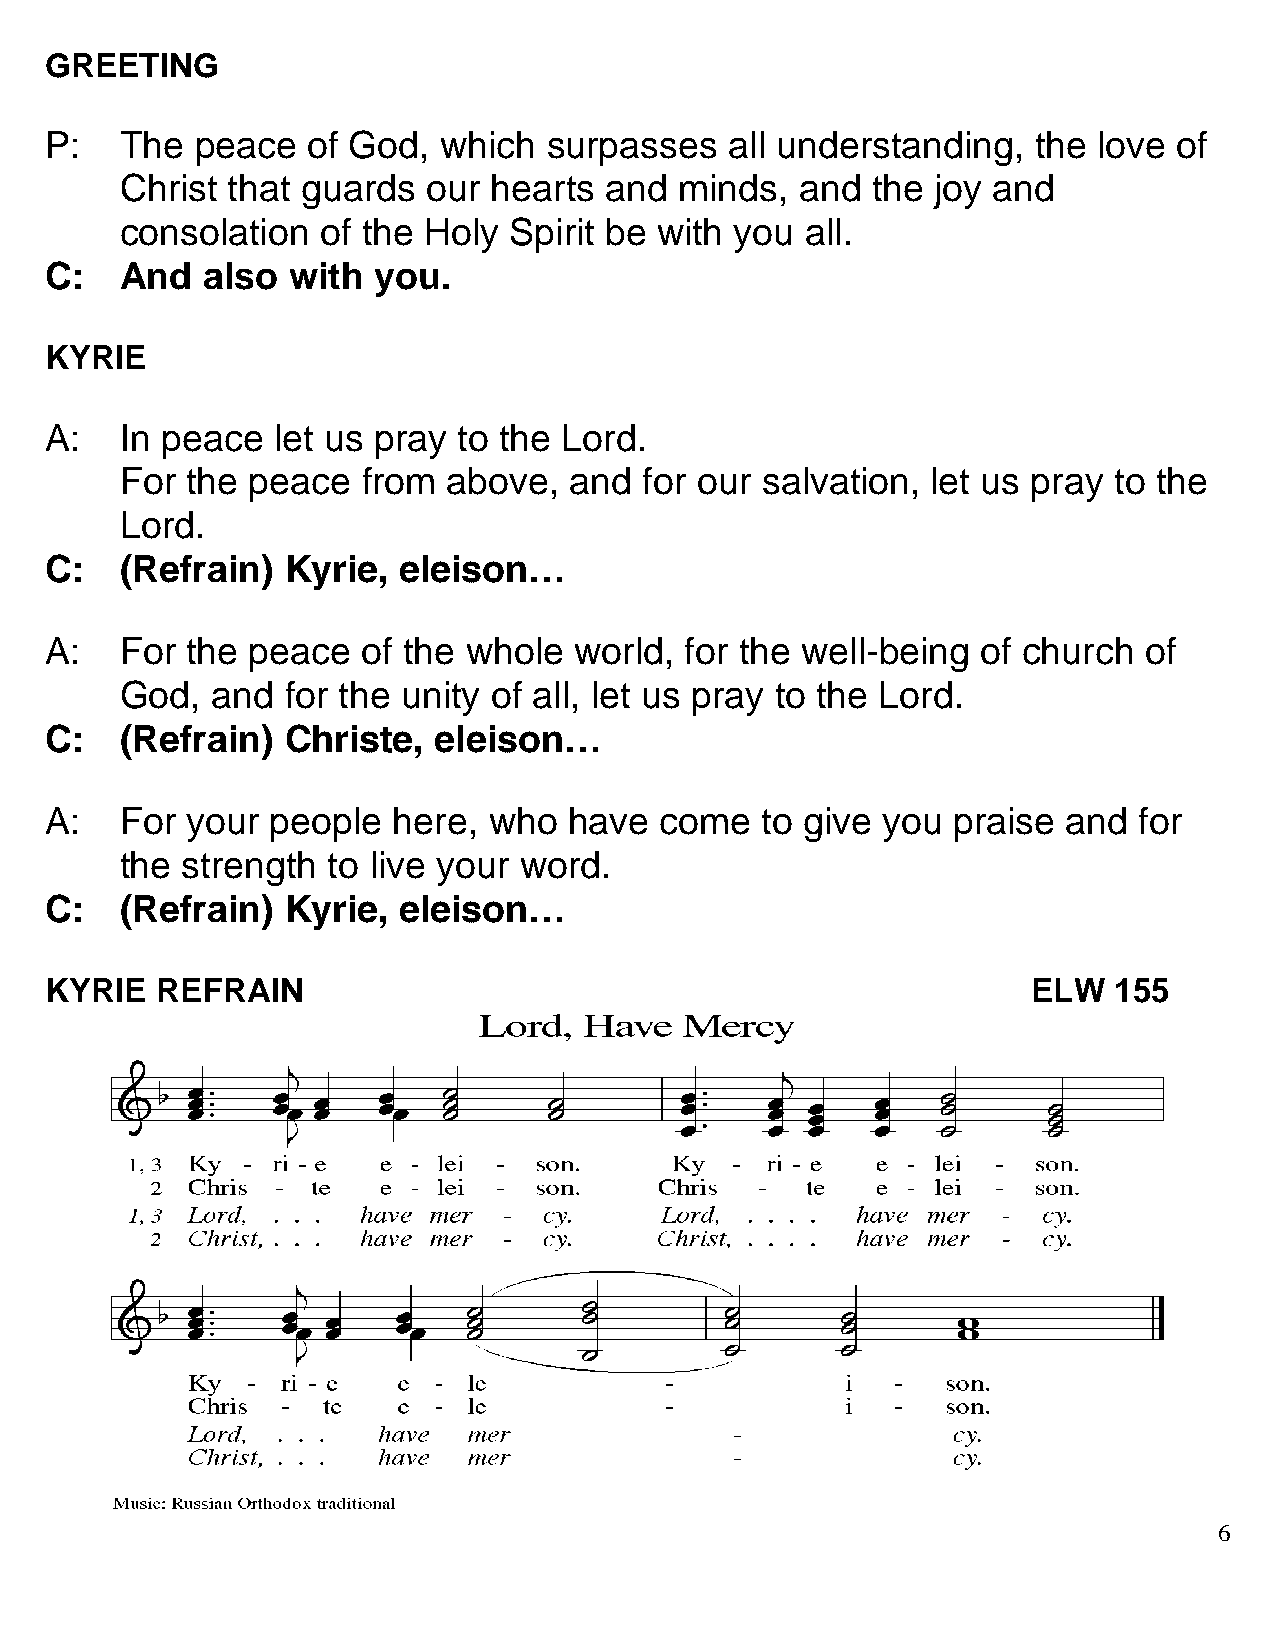
GREETING
 P:   The  peace  of God,  which  surpasses   all understanding,   the love of
 Christ that guards  our hearts  and  minds,  and  the joy and
 consolation  of the Holy  Spirit be with you all.
 C:   And  also  with  you.
 KYRIE
 A:   In peace  let us pray to the Lord.
 For the peace   from  above,  and  for our salvation, let us pray to the
 Lord.
 C:   (Refrain)  Kyrie, eleison…
 A:   For the peace   of the whole  world, for the well-being  of church  of
 God,  and  for the unity of all, let us pray to the Lord.
 C:   (Refrain)  Christe,  eleison…
 A:   For your  people  here, who   have  come  to give you  praise  and for
 the strength  to live your word.
 C:   (Refrain)  Kyrie, eleison…
 KYRIE  REFRAIN                                                   ELW   155
 6